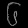
Digit: ၆